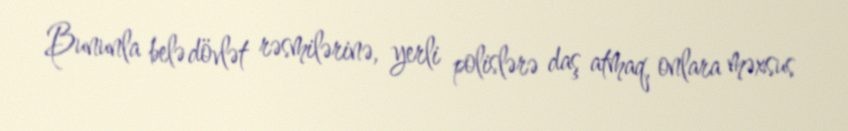
Bununla belə dövlət rəsmilərinə, yerli polislərə daş atmaq, onlara məxsus